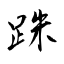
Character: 跦